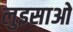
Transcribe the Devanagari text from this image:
लुइसाओ